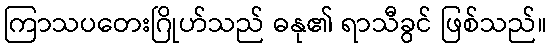
ကြာသပတေးဂြိုဟ်သည် ဓနု၏ ရာသီခွင် ဖြစ်သည်။